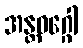
အန္တဝဂ္ဂေါ